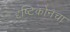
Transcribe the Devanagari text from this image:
दृष्टिकोनचा